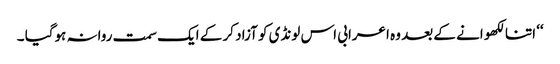
‘‘ اتنا لکھو انے کے بعد وہ اعرابی اس لونڈی کو آزاد کر کے ایک سمت روانہ ہوگیا ۔